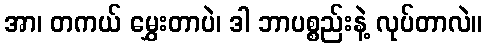
အာ၊ တကယ် မွှေးတာပဲ၊ ဒါ ဘာပစ္စည်းနဲ့ လုပ်တာလဲ။